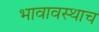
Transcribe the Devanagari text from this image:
भावावस्थाच